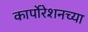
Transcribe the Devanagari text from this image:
कार्पोरेशनच्या